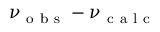
\nu _ { \mathrm { ~ o ~ b ~ s ~ } } - \nu _ { \mathrm { ~ c ~ a ~ l ~ c ~ } }